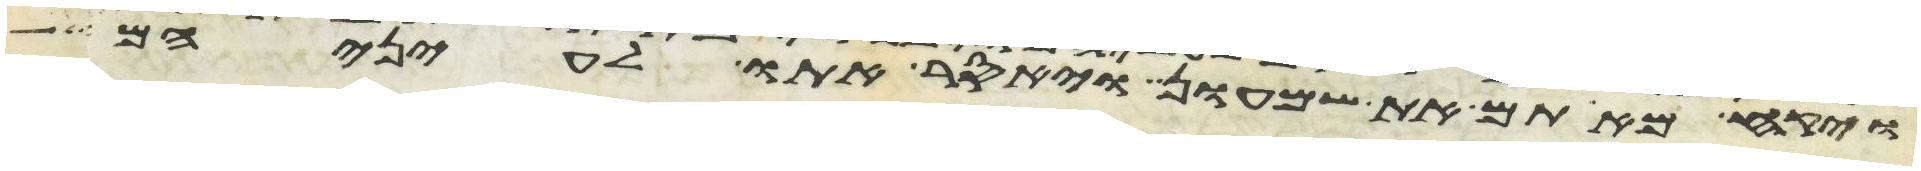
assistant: ויקח מאתם את שמעון ויאסר אתו לעיניהם